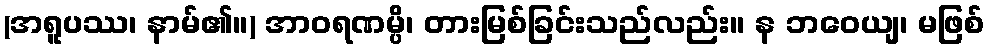
(အရူပဿ၊ နာမ်၏။) အာဝရဏမ္ပိ၊ တားမြစ်ခြင်းသည်လည်း။ န ဘဝေယျ၊ မဖြစ်